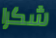
شكرا